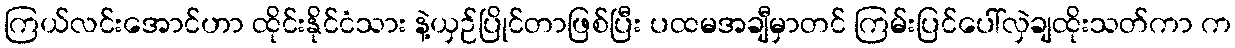
ကြယ်လင်းအောင်ဟာ ထိုင်းနိုင်ငံသား နဲ့ယှဉ်ပြိုင်တာဖြစ်ပြီး ပထမအချီမှာတင် ကြမ်းပြင်ပေါ်လှဲချထိုးသတ်ကာ က